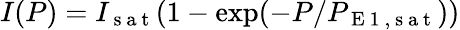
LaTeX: I(P)=I_{\mathrm{~s~a~t~}}(1-\exp(-P/P_{\mathrm{~E~1~,~s~a~t~}}))